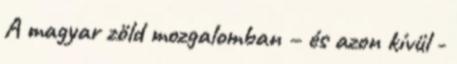
A magyar zöld mozgalomban – és azon kívül -